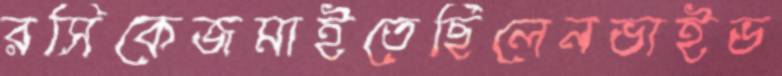
রসিকেজমাইতেছিলেনভাইভ